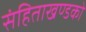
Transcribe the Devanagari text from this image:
संहिताखण्डको